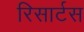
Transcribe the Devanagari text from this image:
रिसार्टस